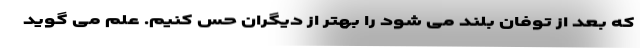
که بعد از توفان بلند می شود را بهتر از دیگران حس کنیم. علم می گوید